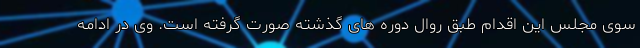
سوی مجلس این اقدام طبق روال دوره های گذشته صورت گرفته است. وی در ادامه